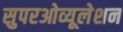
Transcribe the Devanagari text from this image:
सुपरओव्यूलेशन